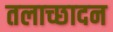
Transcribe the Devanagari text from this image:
तलाच्छादन